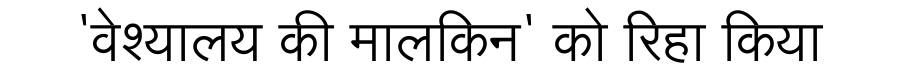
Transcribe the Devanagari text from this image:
'वेश्यालय की मालकिन' को रिहा किया